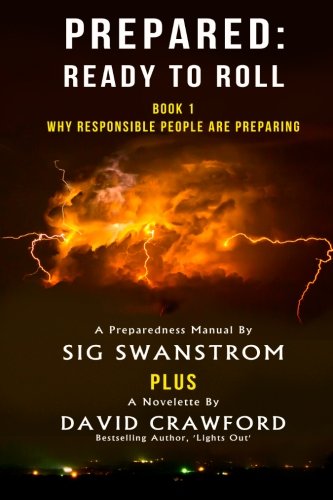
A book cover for PREPARED: Ready to Roll: Why Responsible People Are Preparing (Volume 1); Sig Swanstrom; Politics & Social Sciences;